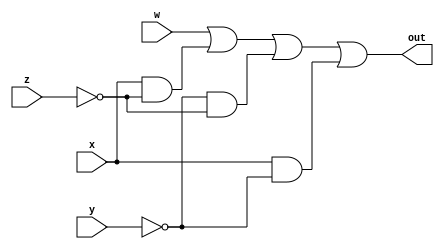
//module num_7seg_B SEG_B;
module num_7seg_B(out,w,x,y,z);
//SEG_B(out,w,x,y,z);

input w, x, y, z;
output out;
wire f1, f2, f3;

and (f1, x, ~z);
and (f2, ~y, ~z);
and (f3, x, ~y);

assign out = w | f1 | f2 | f3;

endmodule